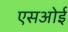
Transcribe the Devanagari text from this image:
एसओई